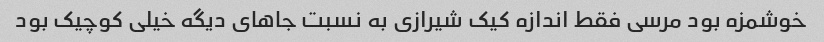
خوشمزه بود مرسی فقط اندازه کیک شیرازی به نسبت جاهای دیگه خیلی کوچیک بود